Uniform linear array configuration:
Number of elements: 48
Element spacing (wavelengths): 0.5
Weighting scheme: binomial
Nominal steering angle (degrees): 45
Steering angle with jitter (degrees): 46.832
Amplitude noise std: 0.05
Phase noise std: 0.05

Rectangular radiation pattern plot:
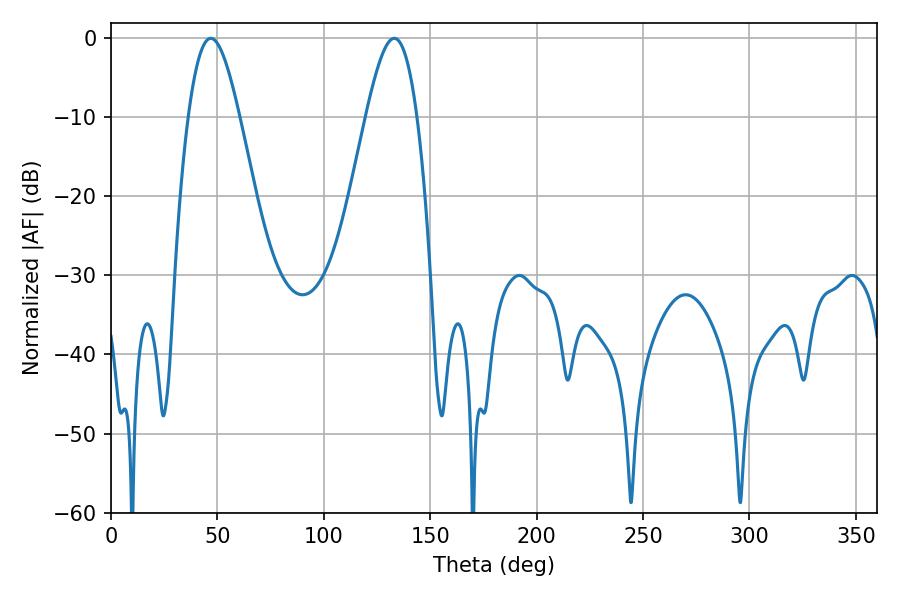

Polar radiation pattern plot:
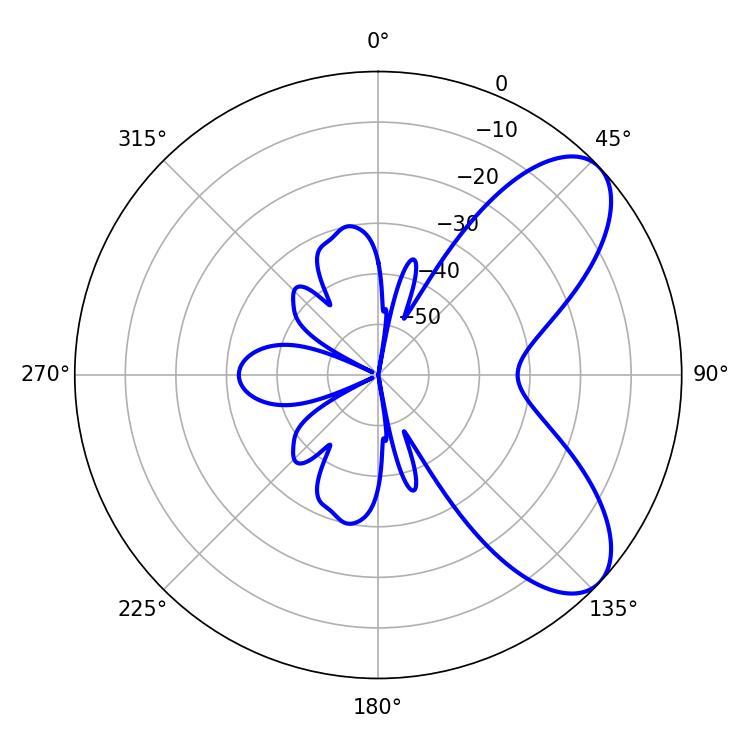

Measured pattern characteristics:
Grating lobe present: FALSE
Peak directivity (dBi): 7.405
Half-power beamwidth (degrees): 12.96
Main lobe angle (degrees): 46.8